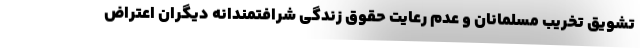
تشویق تخریب مسلمانان و عدم رعایت حقوق زندگی شرافتمندانه دیگران اعتراض